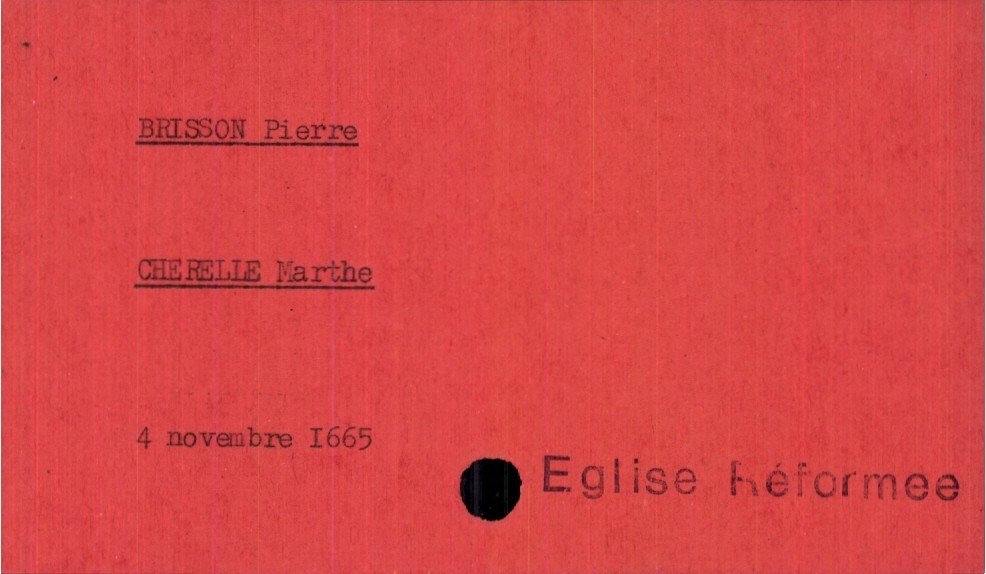
type_acte: Mariage
année: 1665
mois: novembre
jour: 4
observations: Eglise Réformee
marié_nom: Brisson
marié_prénom: Pierre
mariée_nom: Cherelle
mariée_prénom: Marthe